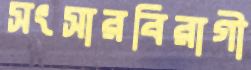
সংসারবিরাগী